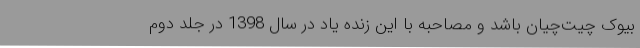
بیوک چیت‌چیان باشد و مصاحبه با این زنده یاد در سال 1398 در جلد دوم